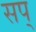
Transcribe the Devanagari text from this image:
सप्